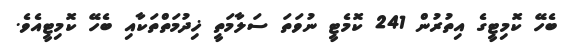
ބެހޭ ކޮމިޓީގެ އިތުރުން 241 ކޮމެޓީ ނުވަތަ ސަލާމަތީ ޚިދުމަތްތަކާއި ބެހޭ ކޮމިޓީއެވެ.